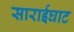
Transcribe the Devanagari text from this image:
साराईघाट